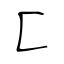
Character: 匚